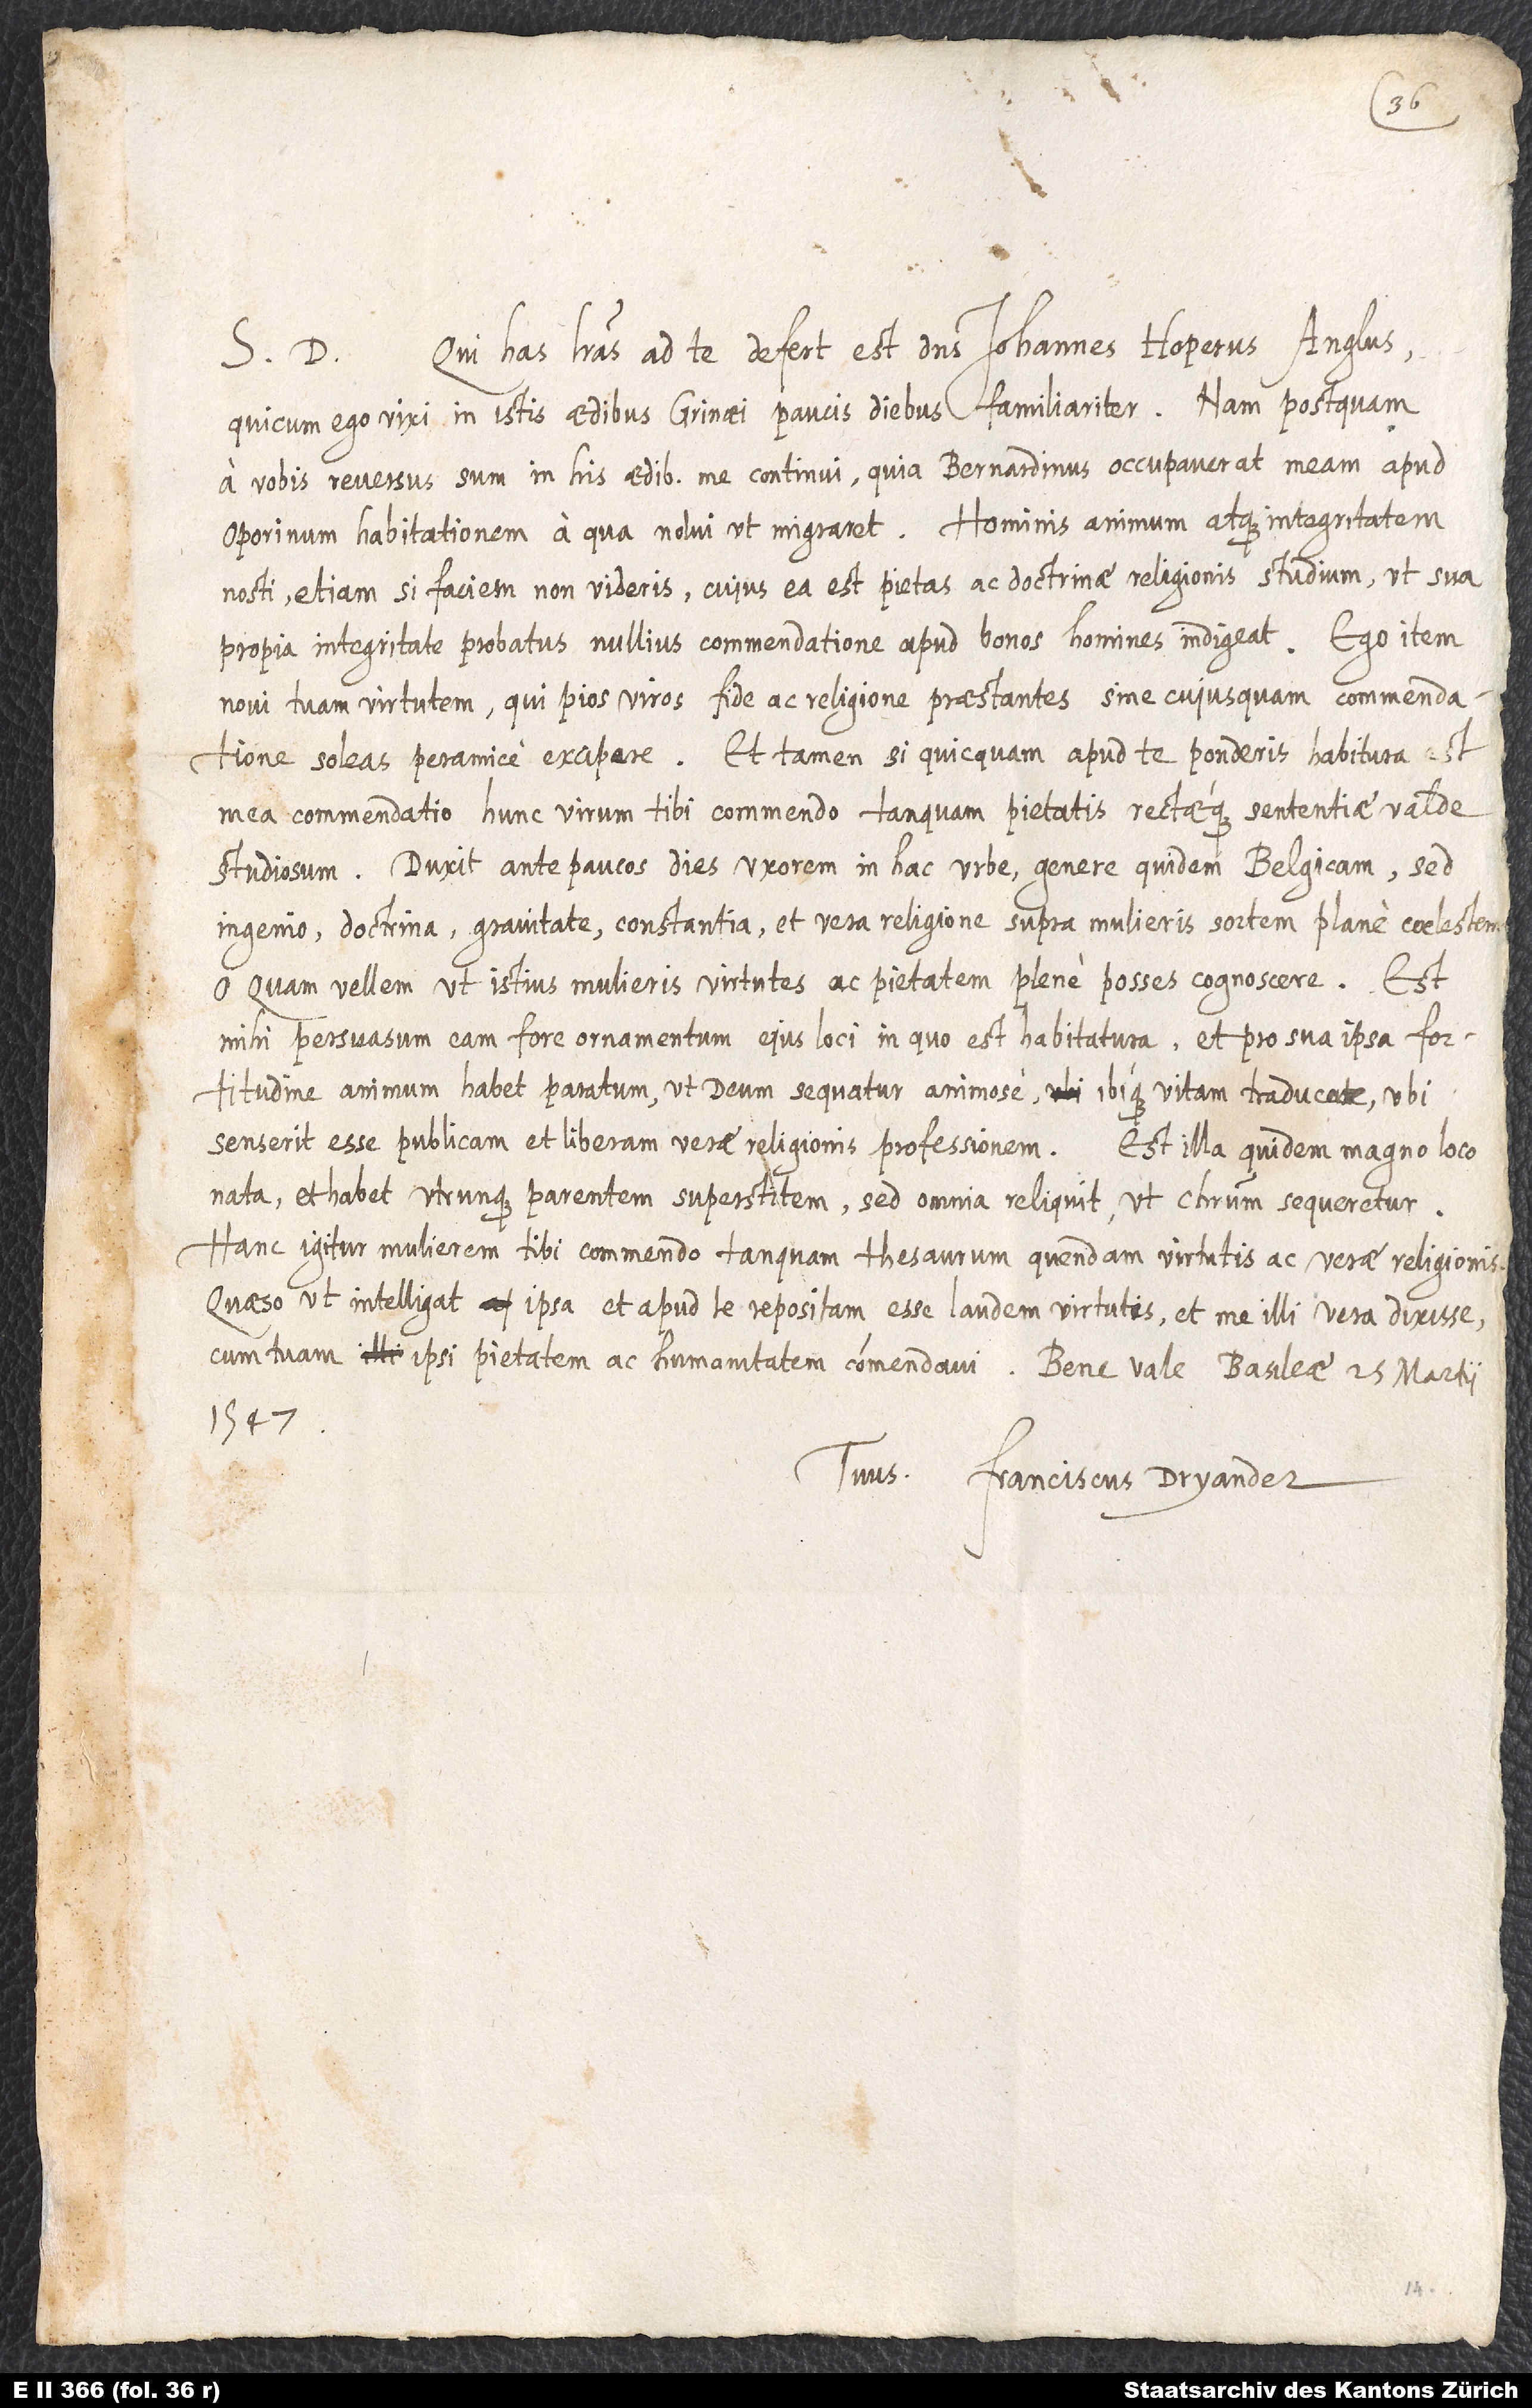
Qui has literas ad te defert, est dominus Johannes Hoperus Anglus,
S. D.
qui cum ego vixi in istis aedibus Grinaei paucis diebus familiariter; nam postquam
a vobis reversus sum, in his aedibus me continui, quia Bernardinus occupaverat meam apud
Oporinum habitationem, a qua nolui ut migraret. Hominis animum atque integritatem
nosti, etiamsi faciem non videris, cuius ea est pietas ac doctrinae religionis studium, ut sua
propia integritate probatus nullius commendatione apud bonos homines indigeat. Ego item
novi tuam virtutem, qui pios viros fide ac religione praestantes sine cuiusquam commendatione
soleas peramice excipere. Et tamen, si quicquam apud te ponderis habitura est
mea commendatio, hunc virum tibi commendo tanquam pietatis rectaeque sententiae valde
studiosum. Duxit ante paucos dies uxorem in hac urbe genere quidem Belgicam, sed
ingenio, doctrina, gravitate, constantia et vera religione supra mulieris sortem plane coelestem.
O quam vellem, ut istius mulieris virtutes ac pietatem plene posses cognoscere! Est
mihi persuasum eam fore ornamentum eius loci, in quo est habitatura, et pro sua ipsa fortitudine
animum habet paratum, ut deum sequatur animose ibique vitam traducat, ubi
senserit esse publicam et liberam verae religionis professionem. Est illa quidem magno loco
nata et habet utrunque parentem superstitem; sed omnia reliquit, ut Christum sequeretur.
Hanc igitur mulierem tibi commendo tanquam thesaurum quendam virtutis ac verae religionis.
Quaeso, ut intelligat ipsa et apud te repositam esse laudem virtutis et me illi vera dixisse,
cum tuam ipsi pietatem ac humanitatem commendavi. Bene vale. Basileae, 15. martii
1547.
Tuus Franciscus Dryander.